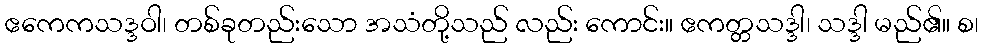
ဧကေကသဒ္ဒဝါ၊ တစ်ခုတည်းသော အသံတို့သည် လည်း ကောင်း။ ဧကတ္တသဒ္ဒါ၊ သဒ္ဒါ မည်၏။ စ၊